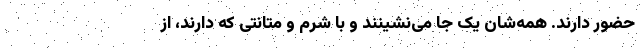
حضور دارند. همه‌شان یک جا می‌نشینند و با شرم و متانتی که دارند، از